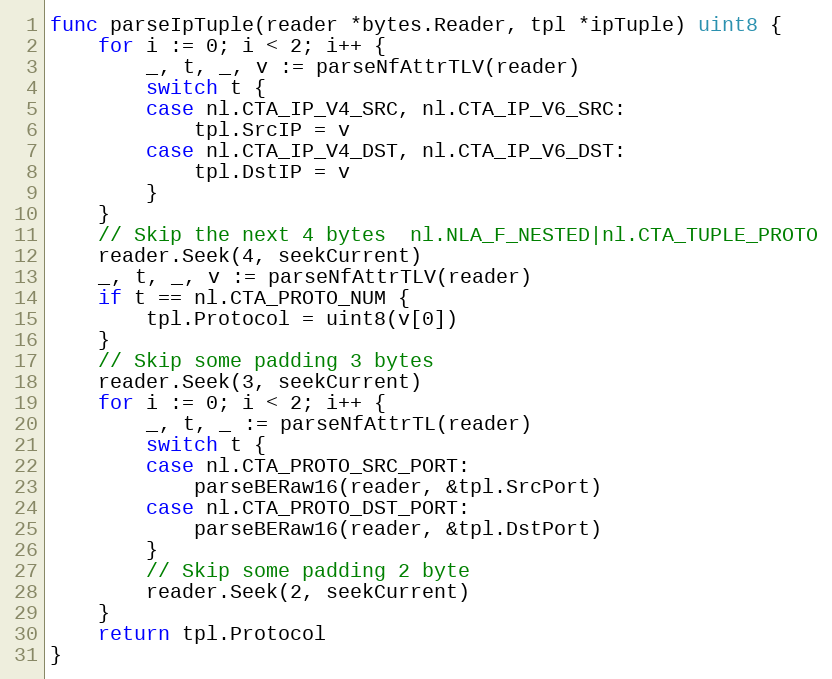
Language: Go
func parseIpTuple(reader *bytes.Reader, tpl *ipTuple) uint8 {
	for i := 0; i < 2; i++ {
		_, t, _, v := parseNfAttrTLV(reader)
		switch t {
		case nl.CTA_IP_V4_SRC, nl.CTA_IP_V6_SRC:
			tpl.SrcIP = v
		case nl.CTA_IP_V4_DST, nl.CTA_IP_V6_DST:
			tpl.DstIP = v
		}
	}
	// Skip the next 4 bytes  nl.NLA_F_NESTED|nl.CTA_TUPLE_PROTO
	reader.Seek(4, seekCurrent)
	_, t, _, v := parseNfAttrTLV(reader)
	if t == nl.CTA_PROTO_NUM {
		tpl.Protocol = uint8(v[0])
	}
	// Skip some padding 3 bytes
	reader.Seek(3, seekCurrent)
	for i := 0; i < 2; i++ {
		_, t, _ := parseNfAttrTL(reader)
		switch t {
		case nl.CTA_PROTO_SRC_PORT:
			parseBERaw16(reader, &tpl.SrcPort)
		case nl.CTA_PROTO_DST_PORT:
			parseBERaw16(reader, &tpl.DstPort)
		}
		// Skip some padding 2 byte
		reader.Seek(2, seekCurrent)
	}
	return tpl.Protocol
}